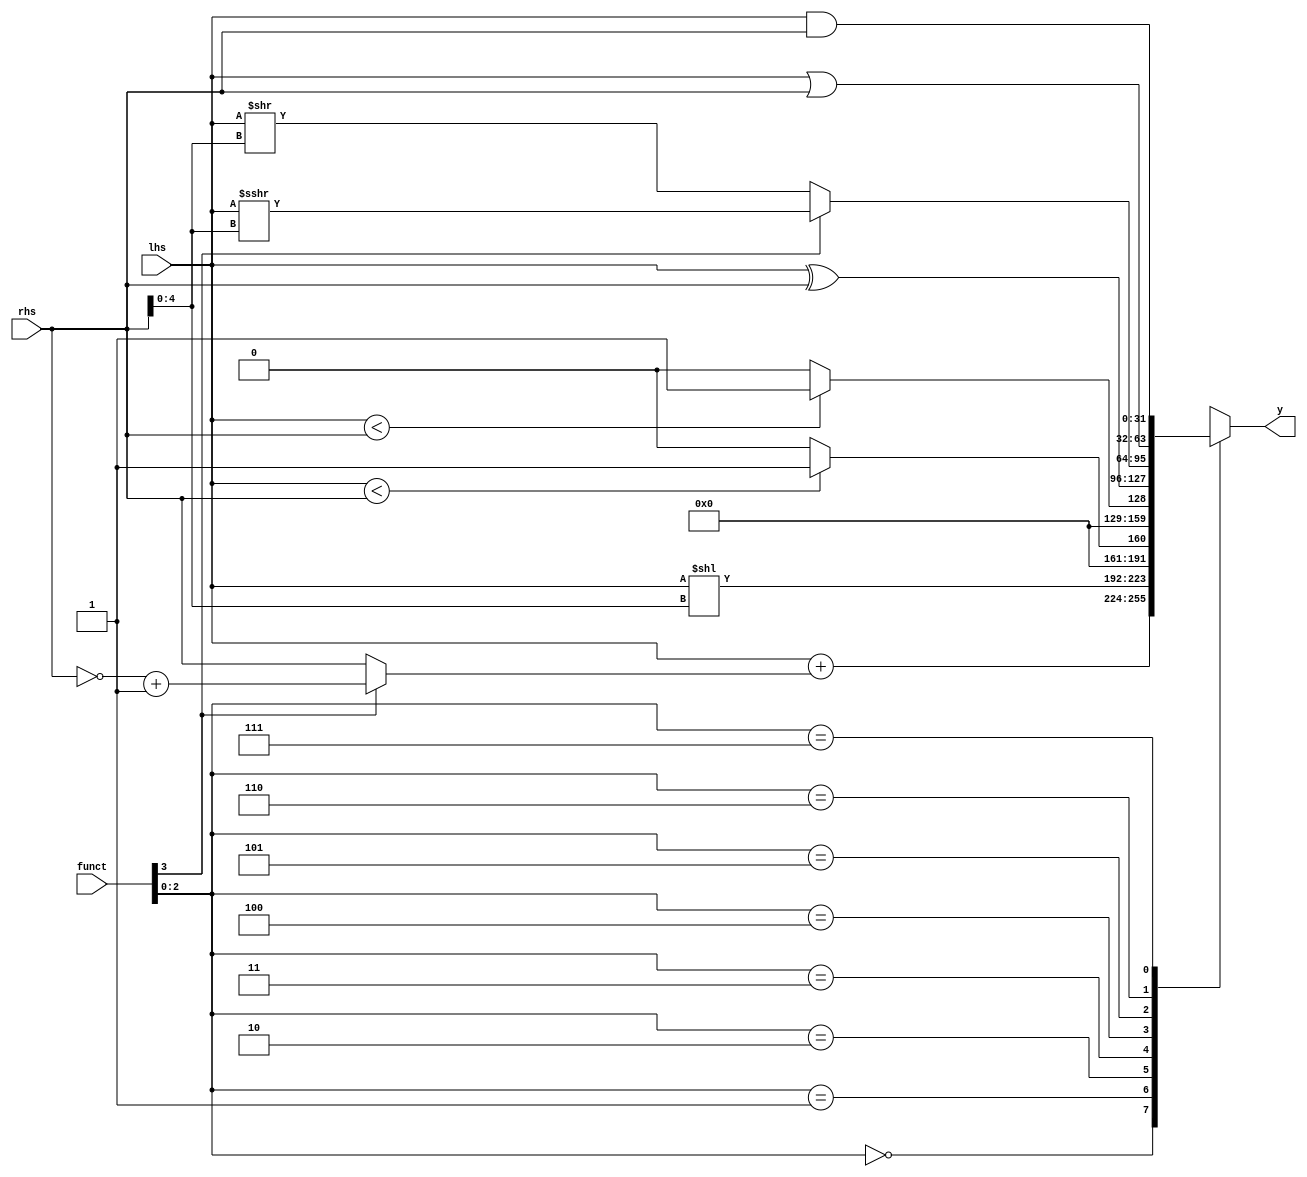
module alu(input [31:0] lhs, rhs, input [3:0] funct, 
           output reg [31:0] y);
    wire [31:0] sign_rhs = (funct[3] == 0) ? rhs : ~rhs + 1;
    always @(*) begin
        case(funct[2:0])
            3'b000: y = lhs + sign_rhs; // ADD, SUB
            3'b001: y = lhs << rhs[4:0]; // SLL
            3'b010: y = ($signed(lhs) < $signed(rhs)) ? 1 : 0; // SLT
            3'b011: y = (lhs < rhs) ? 1 : 0; // SLTU
            3'b100: y = lhs ^ rhs; // XORI
            3'b101:
                if (funct[3]) 
                begin
                    y = $signed(lhs) >>> $signed(rhs[4:0]); // SRA
                end else begin
                    y = lhs >> rhs[4:0]; // SRL
                end
            3'b110: y = lhs | rhs; // OR
            3'b111: y = lhs & rhs; // AND
        endcase
    end
endmodule